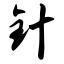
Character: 针